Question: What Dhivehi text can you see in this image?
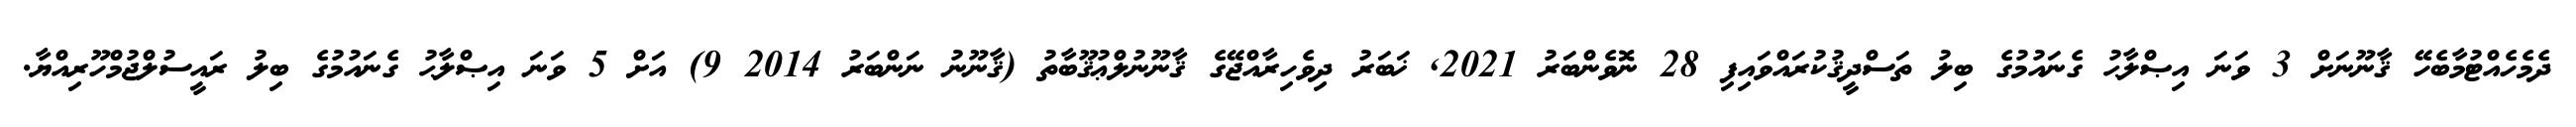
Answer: ދެމެހެއްޓުމާބެހޭ ޤާނޫނަށް 3 ވަނަ އިޞްލާޙު ގެނައުމުގެ ބިލު ތަސްދީޤުކުރައްވައިފި 28 ނޮވެންބަރު 2021, ޚަބަރު ދިވެހިރާއްޖޭގެ ޤާނޫނުލްޢުޤޫބާތު (ޤާނޫނު ނަންބަރު 2014 9) އަށް 5 ވަނަ އިޞްލާޙު ގެނައުމުގެ ބިލު ރައީސުލްޖުމްހޫރިއްޔާ.